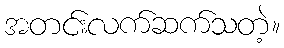
အတင်းလက်ဆက်သတဲ့။